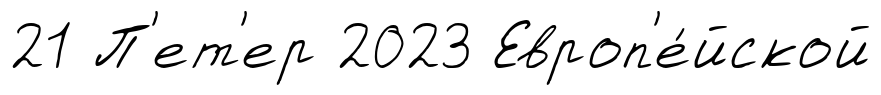
21 П'ет'ер 2023 Европ'е́йской